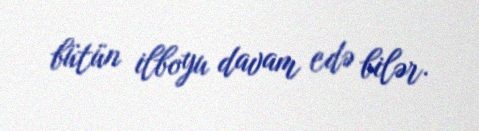
bütün ilboyu davam edə bilər.